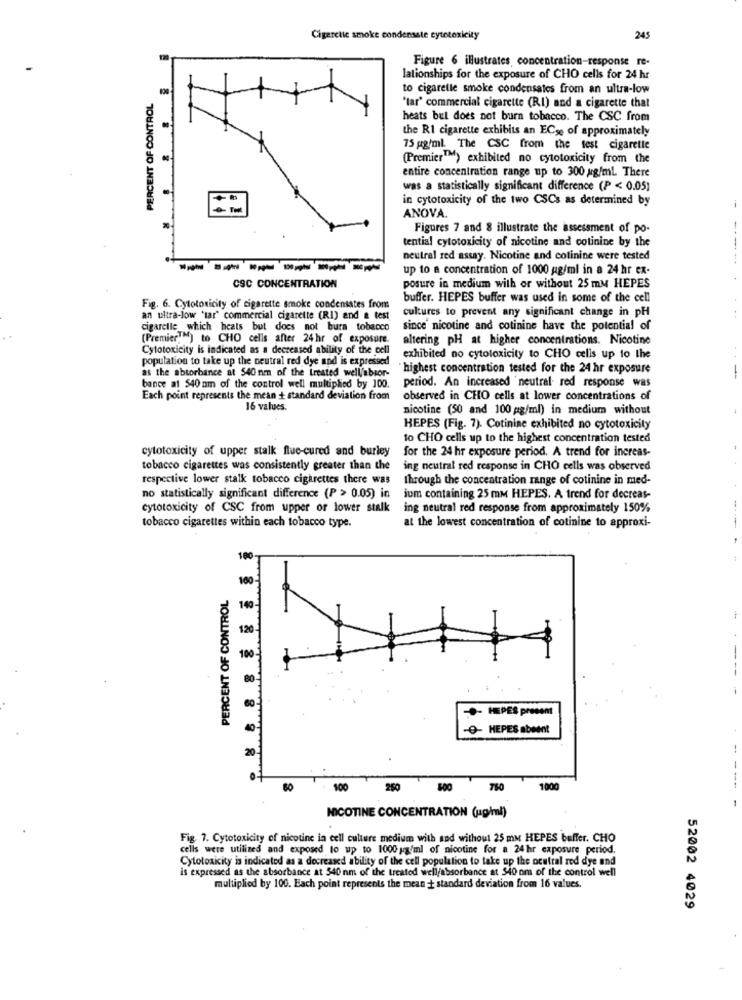
Cigarette smoke condensate cytotoxicity
245
Figure 6 illustrates, concentration-response re-
lationships for the exposure of CHO cells for 24 hr
to cigarette smoke condensates from an ultra-low
PERCENT OF CONTROL
'tar' commercial cigarette (RI) and a cigarette that
heats but does not burn tobacco. The CSC from
the RI cigarette exhibits an ECso of approximately
75 gg/ml. The CSC from the test cigarette
(Premier"") exhibited no cytotoxicity from the
entire concentration range up to 300 g/ml. There
was a statistically significant difference (P < 0.05)
in cytotoxicity of the two CSCs as determined by
ANOVA.
Figures 7 and 8 illustrate the assessment of po-
....
tential cytotoxicity of nicotine and cotinine by the
neutral red assay. Nicotine and cotinine were tested
up to a concentration of 1000 g/ml in a 24 hr ex-
CSC CONCENTRATION
posure in medium with or without 25 mM HEPES
buffer. HEPES buffer was used in some of the cell
Fig. 6. Cytotoxicity of cigarette smoke condensates from
cultures to prevent any significant change in pH
an ultra-low "tar" commercial cigarette (RI) and a test
cigarelle which heats but does not bura tobacco
since nicotine and cotinine have the potential of
(PremierIM) to CHO cells after 24hr of exposure.
altering pH at higher concentrations. Nicotine
Cytotoxicity is indicated as a decreased ability of the cell
population to take up the neutral red dye and is expressed
exhibited no cytotoxicity to CHO cells up to the
as the absorbance at 540 nm of the treated well/abror-
`highest concentration tested for the 24 hr exposure
bance at $40 nm of the control well multiplied by 100.
period. An increased neutral- red response was
Each point represents the mean + standard deviation from
observed in CHO cells at lower concentrations of
16 values.
nicotine (50 and 100 g/ml) in medium without
HEPES (Fig. 7). Cotinine exhibited no cytotoxicity
to CHO cells up to the highest concentration tested
cytotoxicity of upper stalk flue-cured and burley
for the 24 hr exposure period. A trend for increas-
tobacco cigarettes was consistently greater than the
ing neutral red response in CHO cells was observed
respective lower stalk tobacco cigarettes there was
through the concentration range of cotinine in med-
no statistically significant difference (P > 0.05) in
ium containing 25 mm HEPES. A trend for decreas-
cytotoxicity of CSC from upper or lower stalk
ing neutral red response from approximately 150%
at the lowest concentration of cotinine to approxi-
tobacco cigarettes within each tobacco type.
10
PERCENT OF CONTROL
120-
100
--
80
-- HEPES present
40
-O- HEPES abeent
20
100
250
750
1000
NICOTINE CONCENTRATION (jug/ml)
Fig. 7. Cytotoxicity of nicotine in cell culture medium with and without 25 mm HEPES buffer. CHO
cells were utilizes and exposed to up to 1000 g/ml of nicotine for a 24 hr exposure period.
Cytotoxicity is indicated as a decreased ability of the cell population to take up the neutral red dye and
is expressed as the absorbance at 540 nm of the treated well/absorbance at 540 om of the control well
multiplied by 100. Each point represents the mean + standard deviation from 16 values.
52002 4029